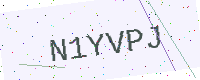
Text: N1YVPJ